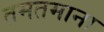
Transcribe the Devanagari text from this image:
तमतमाना